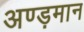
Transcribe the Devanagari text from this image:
अण्ड़मान